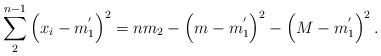
LaTeX: \begin{align*}\sum_{2}^{n-1}\left( x_{i}-m_{1}^{^{\prime }}\right) ^{2}=nm_{2}-\left(m-m_{1}^{^{\prime }}\right) ^{2}-\left( M-m_{1}^{^{\prime }}\right) ^{2}. \end{align*}